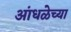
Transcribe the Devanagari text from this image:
आंधळेच्या